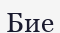
Бие